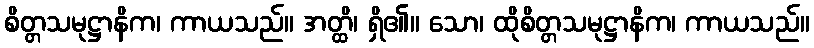
စိတ္တသမုဋ္ဌာနိက၊ ကာယသည်။ အတ္ထိ၊ ရှိ၏။ သော၊ ထိုစိတ္တသမုဋ္ဌာနိက၊ ကာယသည်။